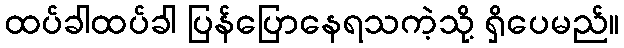
ထပ်ခါထပ်ခါ ပြန်ပြောနေရသကဲ့သို့ ရှိပေမည်။